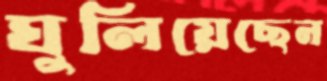
ঘুলিয়েছেন